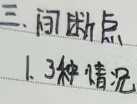
### 三、间断点
1. 3种情况